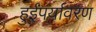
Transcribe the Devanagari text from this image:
हुईंपर्यावरण